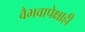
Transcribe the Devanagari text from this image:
वैभवापेक्षाही